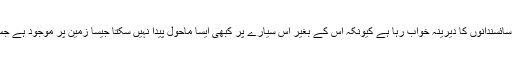
مریخ پر پانی کی موجودگی کی تصدیق سائسندانوں کا دیرینہ خواب رہا ہے کیونکہ اس کے بغیر اس سیارے پر کبھی ایسا ماحول پیدا نہیں سکتا جیسا زمین پر موجود ہے جس کی وجہ سے یہاں زندگی کا آغاز ہوا۔